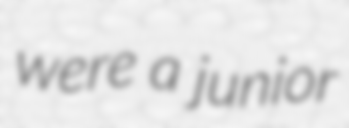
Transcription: were a junior